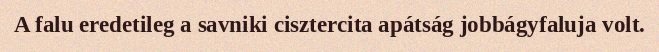
A falu eredetileg a savniki cisztercita apátság jobbágyfaluja volt.